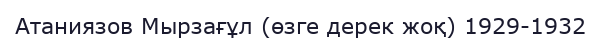
Атаниязов Мырзағұл (өзге дерек жоқ) 1929-1932